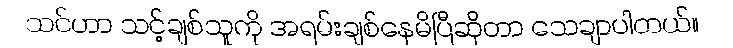
သင်ဟာ သင့်ချစ်သူကို အရမ်းချစ်နေမိပြီဆိုတာ သေချာပါတယ်။